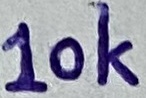
Text: 10K